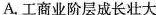
A.工商业阶层成长壮大